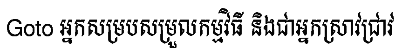
Goto អ្នកសម្របសម្រួលកម្មវិធី និងជាអ្នកស្រាវជ្រាវ